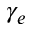
\gamma _ { e }